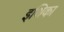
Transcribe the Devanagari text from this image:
इथिका